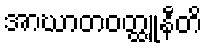
အာဃာတဝတ္ထူနီတိ